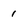
Character: 1